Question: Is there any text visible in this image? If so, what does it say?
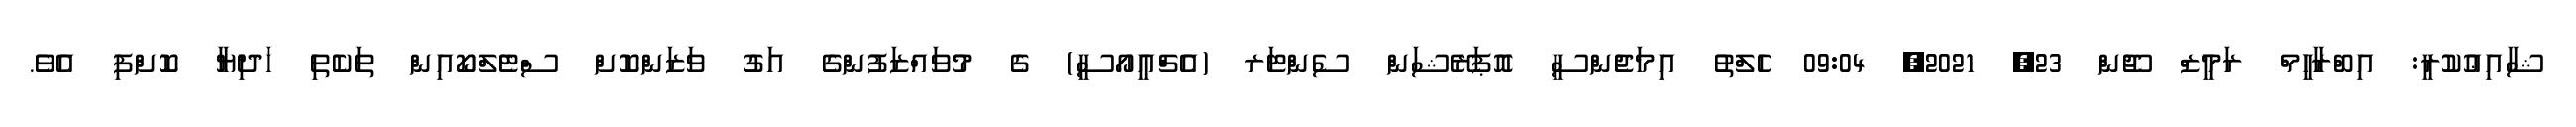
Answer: ޝާއިޢުކުރީ: އިބްރާހީމް ރަމީޒް ޖޫން 23, 2021, 09:04 ހެލްތު އިމަޖެންސީ އޮޕަރޭޝަން ސެންޓަރ (އެޗްއީއޯސީ) ގެ މުވައްޒަފުންގެ އަގު ވަޒަންކޮށް ސްޓެލްކޯއިން ތަކެތި ހަދިޔާ ކޮށްފި އެވެ.